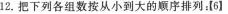
12.把下列各组数按从小到大的顺序排列：[6]